Indian journal of veterinary science and animal husbandry - Volume 10,
Year: 1940
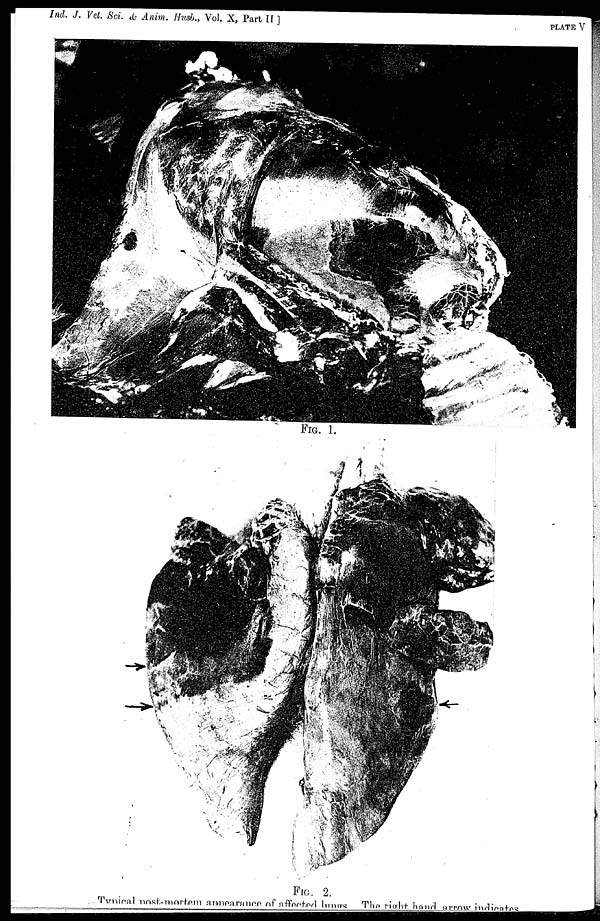
Ind. J. Vet. Sci. & Anim. Husb., Vol. X, Part
II
]
PLATE V
FIG. 1.
FIG. 2.
Typical post-mortem appearance of affected lungs. The right hand arrow indicates.